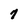
Character: 7